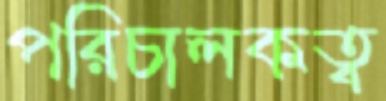
পরিচালকত্ব